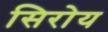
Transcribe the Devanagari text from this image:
सिरोय